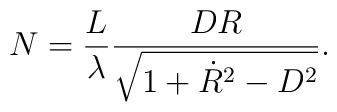
N = \frac{L}{\lambda}    \frac{DR}{\sqrt{1 + \dot{R}^2 - D^2}}.